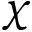
\chi